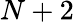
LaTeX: N+2